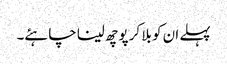
پہلے ان کو بلا کر پوچھ لینا چاہئے۔